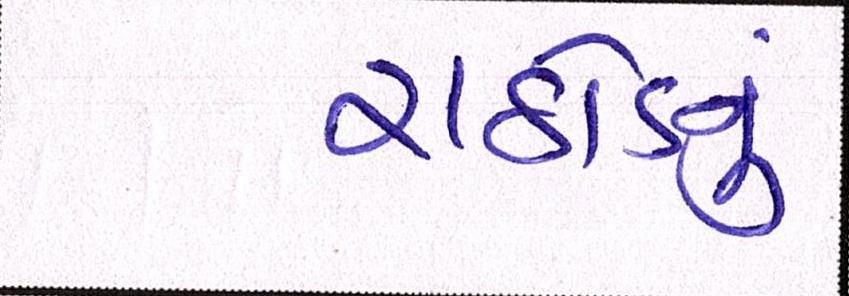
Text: રાઠોડનું